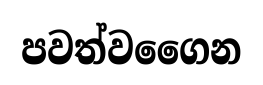
පවත්වගෛන